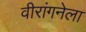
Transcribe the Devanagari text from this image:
वीरांगनेला